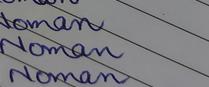
Signature authenticity: genuine